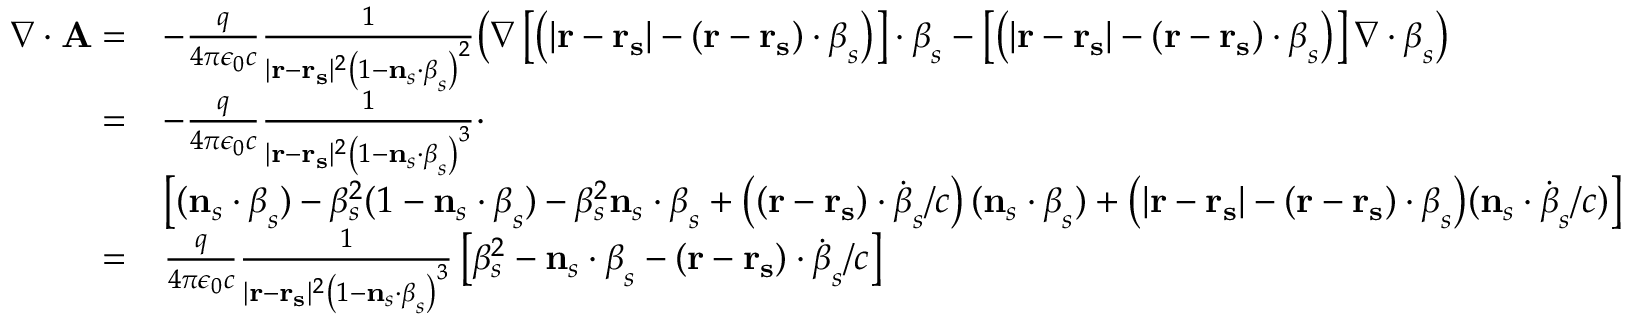
{ \begin{array} { r l } { { \boldsymbol { \nabla } } \cdot \mathbf { A } = } & { - { \frac { q } { 4 \pi \epsilon _ { 0 } c } } { \frac { 1 } { | \mathbf { r } - \mathbf { r _ { s } } | ^ { 2 } \left( 1 - \mathbf { n } _ { s } \cdot { \boldsymbol { \beta } } _ { s } \right) ^ { 2 } } } { \big ( } { \boldsymbol { \nabla } } \left[ \left( | \mathbf { r } - \mathbf { r _ { s } } | - ( \mathbf { r } - \mathbf { r _ { s } } ) \cdot { \boldsymbol { \beta } } _ { s } \right) \right] \cdot { \boldsymbol { \beta } } _ { s } - \left[ \left( | \mathbf { r } - \mathbf { r _ { s } } | - ( \mathbf { r } - \mathbf { r _ { s } } ) \cdot { \boldsymbol { \beta } } _ { s } \right) \right] { \boldsymbol { \nabla } } \cdot { \boldsymbol { \beta } } _ { s } { \big ) } } \\ { = } & { - { \frac { q } { 4 \pi \epsilon _ { 0 } c } } { \frac { 1 } { | \mathbf { r } - \mathbf { r _ { s } } | ^ { 2 } \left( 1 - \mathbf { n } _ { s } \cdot { \boldsymbol { \beta } } _ { s } \right) ^ { 3 } } } \cdot } \\ & { \left[ ( \mathbf { n } _ { s } \cdot { \boldsymbol { \beta } } _ { s } ) - { \beta } _ { s } ^ { 2 } ( 1 - \mathbf { n } _ { s } \cdot { \boldsymbol { \beta } } _ { s } ) - { \beta } _ { s } ^ { 2 } \mathbf { n } _ { s } \cdot { \boldsymbol { \beta } } _ { s } + \left( ( \mathbf { r } - \mathbf { r _ { s } } ) \cdot { \dot { \boldsymbol { \beta } } } _ { s } / c \right) ( \mathbf { n } _ { s } \cdot { \boldsymbol { \beta } } _ { s } ) + { \big ( } | \mathbf { r } - \mathbf { r _ { s } } | - ( \mathbf { r } - \mathbf { r _ { s } } ) \cdot { \boldsymbol { \beta } } _ { s } { \big ) } ( \mathbf { n } _ { s } \cdot { \dot { \boldsymbol { \beta } } } _ { s } / c ) \right] } \\ { = } & { { \frac { q } { 4 \pi \epsilon _ { 0 } c } } { \frac { 1 } { | \mathbf { r } - \mathbf { r _ { s } } | ^ { 2 } \left( 1 - \mathbf { n } _ { s } \cdot { \boldsymbol { \beta } } _ { s } \right) ^ { 3 } } } \left[ \beta _ { s } ^ { 2 } - \mathbf { n } _ { s } \cdot { \boldsymbol { \beta } } _ { s } - ( \mathbf { r } - \mathbf { r _ { s } } ) \cdot { \dot { \boldsymbol { \beta } } } _ { s } / c \right] } \end{array} }